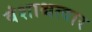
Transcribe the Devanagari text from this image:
वंशाश्चत्वार